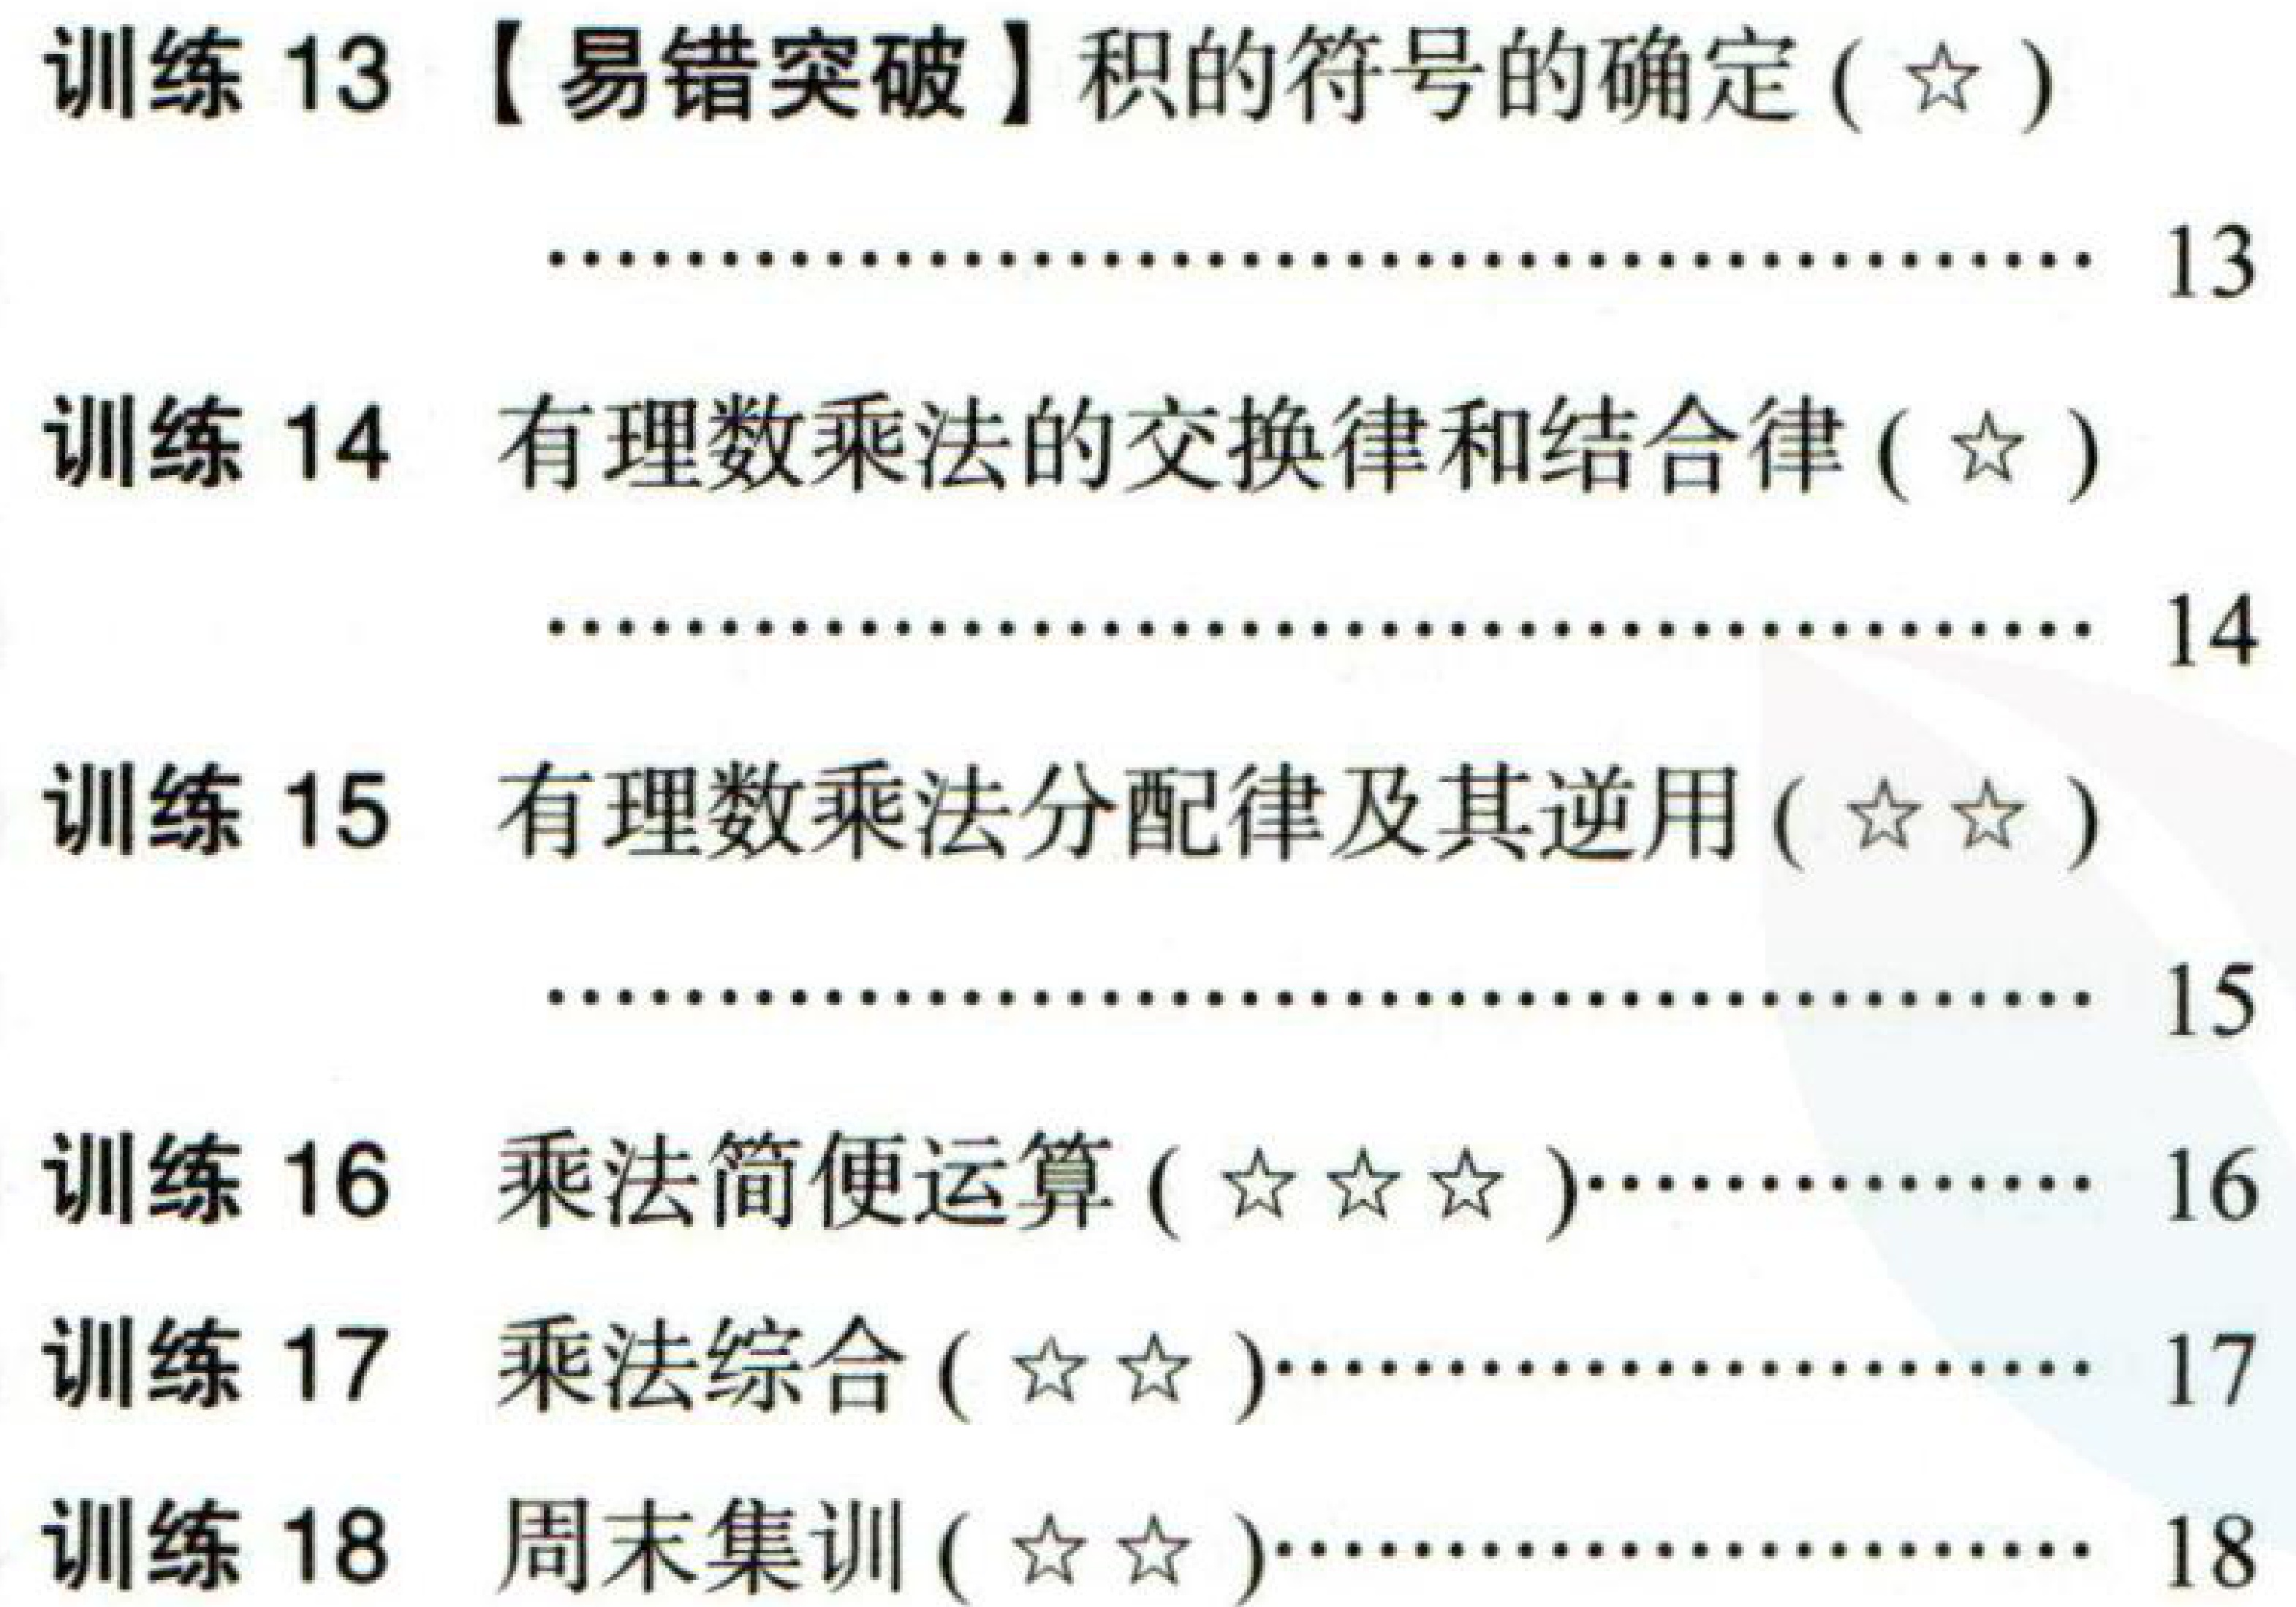
训练 13 【易错突破】积的符号的确定 (☆)

…………………………………… 13

训练 14 有理数乘法的交换律和结合律 (☆)

…………………………………… 14

训练 15 有理数乘法分配律及其逆用 (☆☆)

…………………………………… 15

训练 16 乘法简便运算 (☆☆☆)……………… 16

训练 17 乘法综合 (☆☆)…………………… 17

训练 18 周末集训 (☆☆)…………………… 18